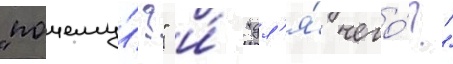
"почему́?" и́ "дл'я́ чего́?"